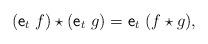
LaTeX: \begin{align*} (\mathsf{e}_t \ f)\star(\mathsf{e}_t \ g)= \mathsf{e}_t \ (f \star g),\end{align*}